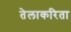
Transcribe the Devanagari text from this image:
तेलाकरिता